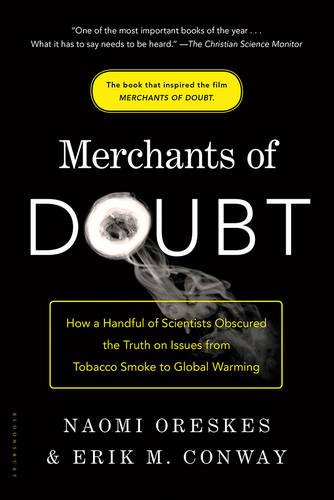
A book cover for Merchants of Doubt: How a Handful of Scientists Obscured the Truth on Issues from Tobacco Smoke to Global Warming; Naomi Oreskes; Science & Math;